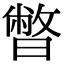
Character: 暼